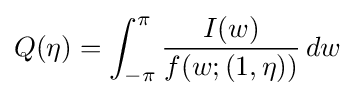
Q(\eta )=\int _{-\pi }^{\pi }{\frac {I(w)}{f(w;(1,\eta ))}}\,dw